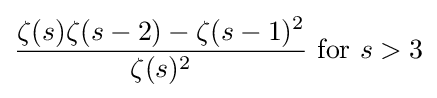
{\frac {\zeta (s)\zeta (s-2)-\zeta (s-1)^{2}}{\zeta (s)^{2}}}~{\textrm {for}}~s>3